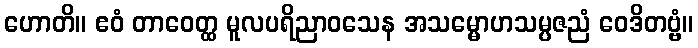
ဟောတိ။ ဧဝံ တာဝေတ္ထ မူလပရိညာဝသေန အသမ္မောဟသမ္ပဇညံ ဝေဒိတဗ္ဗံ။